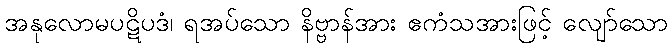
အနုလောမပဋိပဒံ၊ ရအပ်သော နိဗ္ဗာန်အား ဧကံသအားဖြင့် လျော်သော